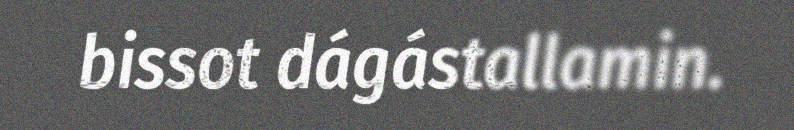
bissot dágástallamin.